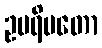
ဥပရိမတော